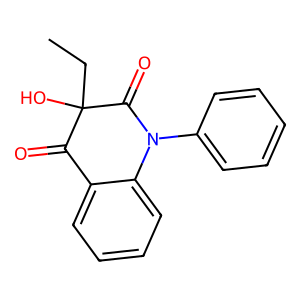
SMILES: CCC1(O)C(=O)c2ccccc2N(c2ccccc2)C1=O
Inhibits HIV replication: No